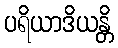
ပရိယာဒိယန္တိ